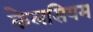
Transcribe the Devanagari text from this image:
केलसियम